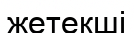
жетекші